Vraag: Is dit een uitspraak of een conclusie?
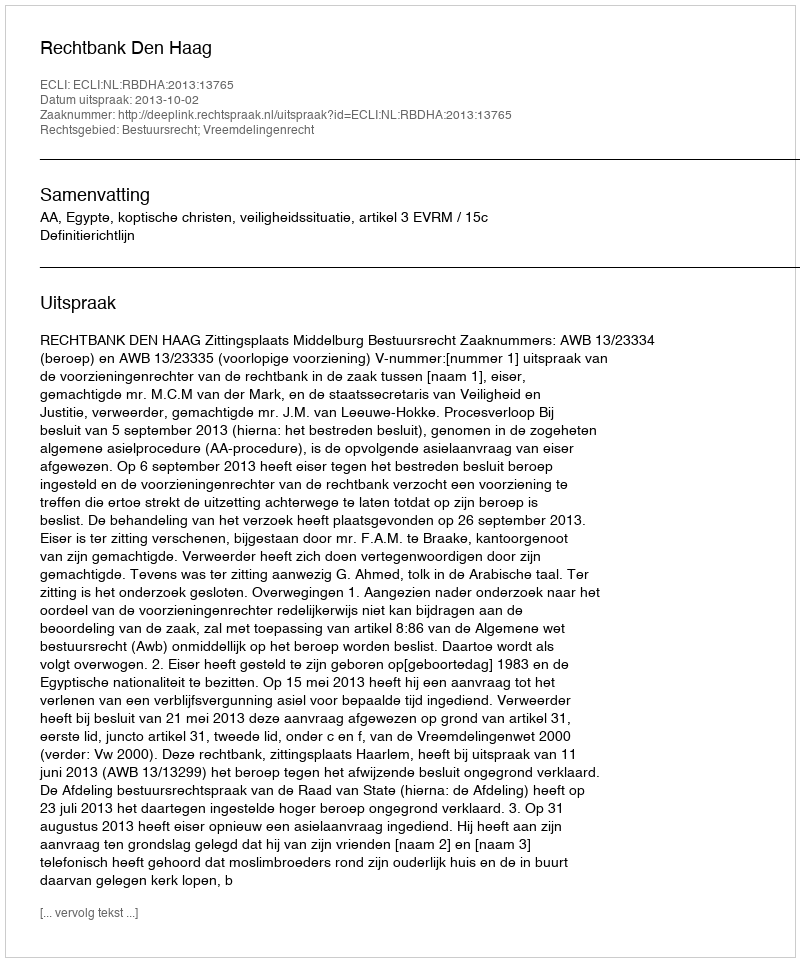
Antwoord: Uitspraak